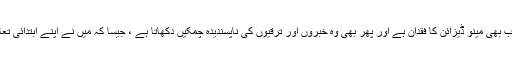
صارف انٹرفیس میں اب بھی مینو ڈیزائن کا فقدان ہے اور پھر بھی وہ خبروں اور ترقیوں کی ناپسندیدہ چمکیں دکھاتا ہے ، جیسا کہ میں نے اپنے ابتدائی تعارف میں نوٹ کیا ہے۔